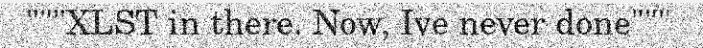
"""XLST in there. Now, Ive never done"""